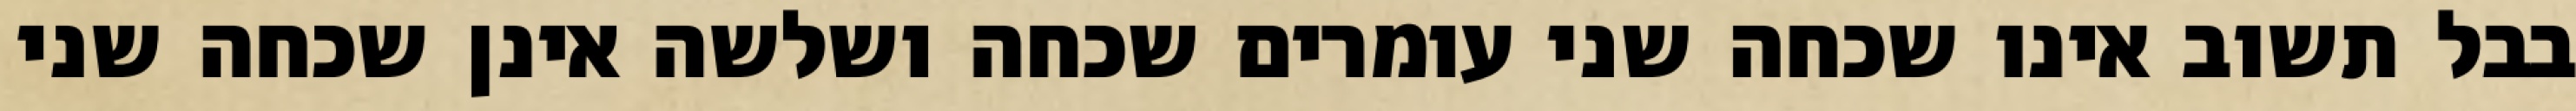
בבל תשוב אינו שכחה שני עומרים שכחה ושלשה אינן שכחה שני